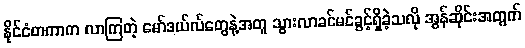
နိုင်ငံတကာက လာကြတဲ့ မော်ဒယ်လ်တွေနဲ့အတူ သွားလာခင်မင်ခွင့်ရှိခဲ့သလို အွန်ဆိုင်းအတွက်